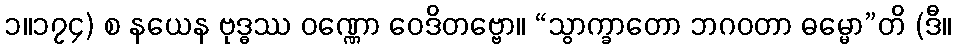
၁။၁၇၄) စ နယေန ဗုဒ္ဓဿ ဝဏ္ဏော ဝေဒိတဗ္ဗော။ “သွာက္ခာတော ဘဂဝတာ ဓမ္မော”တိ (ဒီ။